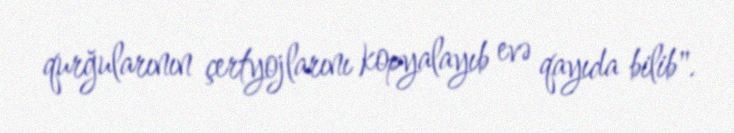
qurğularının çertyojlarını kopyalayıb evə qayıda bilib".